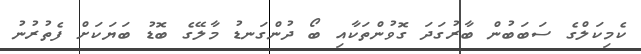
ކެމިކަލްގެ ސަބަބުން ބާރުގަދަ ގޮވުންތަކާއި ބޯ ދުންގަނޑު މާލޭގެ ބޮޑު ބަޔަކަށް ފެތުރުނު